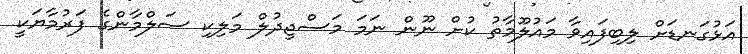
އަޅުގަނޑަށް ލިބިފައިވާ މައުލޫމާތު ކުށް ނޫން ނަމަ މަސްޖިދުލް މަލިކި ސަލްމާންގެ ފަރުމާޔަކީ